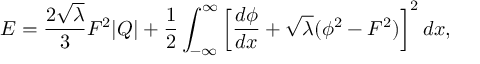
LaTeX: E = { \frac { 2 \sqrt { \lambda } } { 3 } } F ^ { 2 } | Q | + { \frac { 1 } { 2 } } \int _ { - \infty } ^ { \infty } \left[ { \frac { d \phi } { d x } } + \sqrt { \lambda } ( \phi ^ { 2 } - F ^ { 2 } ) \right] ^ { 2 } d x ,